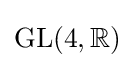
\mathrm {GL} (4,\mathbb {R} )